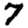
Digit: 7